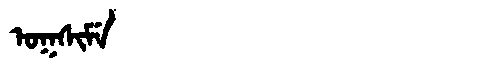
Manchu: ᠣᡴᠰᡳᠮᡝ
Romanization: OKSIME